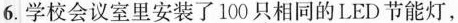
6.学校会议室里安装了100只相同的LED节能灯，